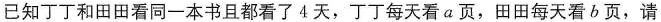
已知丁丁和田田看同一本书且都看了4天，丁丁每天看a页，田田每天看b页，请